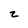
Character: z